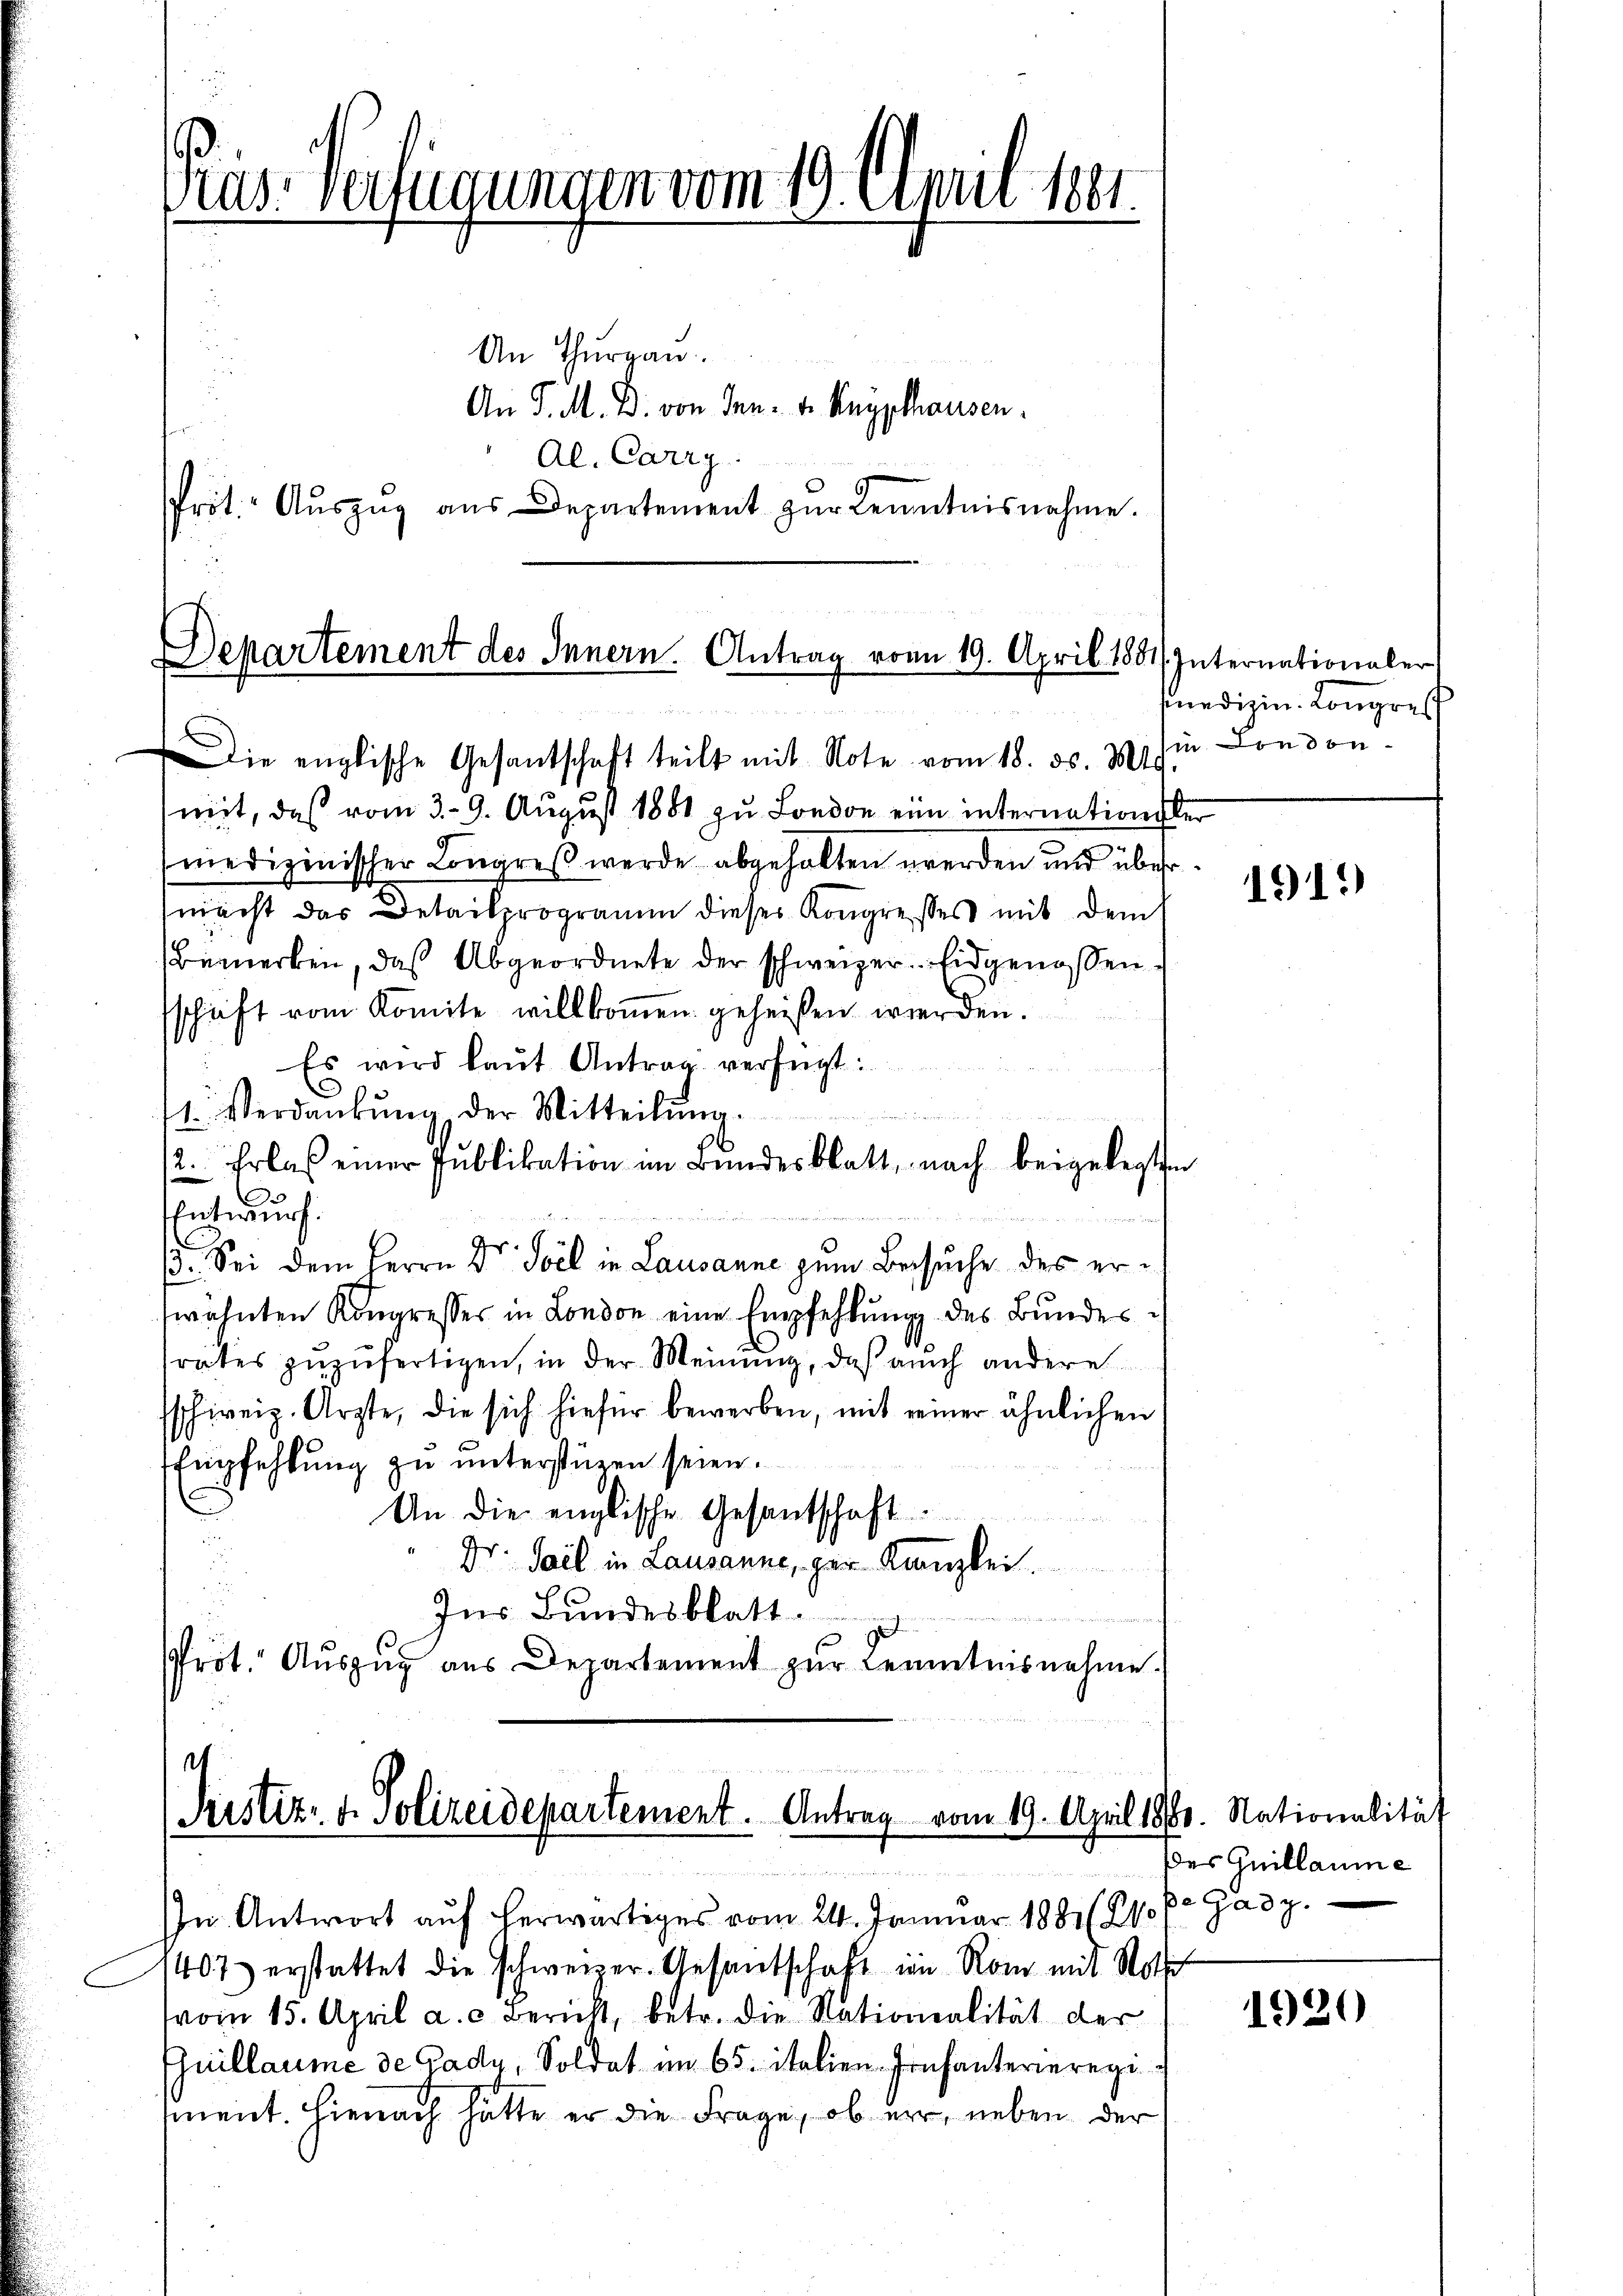
Präs. Verfügungen vom 10. April 1881.

An Thurgau.
An P. M. B. von Jan. v. Anypthausen.
Al. Carry
rot. Aŭszŭg aŭs Departement zŭr Kenntnisnahme.

Die englische Gesantschaft teilt mit Note vom 18. ds. Mts.
mit, daß vom 3. 9. August 1881 zu London eine internationsber
medizinischer Congreß werde abgehalten werden und übermacht das Detailprogramm dieses Kongresses mit dem
Bemerken, das Abgeordnete der schweizer. Eidgenossen,
schaft vom Komite willkommen geheißen werden.
Es wird laŭt Antrag verfügt:
u
1 Verdankŭng der Mitteilŭng.

2. Erlas einer Publikation im Bŭndesblatt, nach beigelegten
Entwurf.
3. Sei dem Herrn Dr. Soll in Lausanne zum Besuche des erwähnten Kongresses in London eine Empfehlŭng des Bŭndes-
rates zuzufertigen, in der Meinung, daß auch andere
sschweiz. Arzte, die sich hiefür bewerben, mit einer ähnlichen
Empfehlung zu unterstüzen seien.
An die englische Gesantschaft
" Dr. Sail in Lausanne, ger Kanzlei.
Ins Bundesblatt
Pröt. Auszug aus Departement zur Kenntnisnahme.

Departement des Innern. Antrag vom 19. April 1881/ Internationaler

In Antwort auf herwärtiges vom 24. Januar 1881 (210 pr. Gady.
1407 erstattet die schweizer-Gesandschaft im Rom mit Noth
vom 15. April a. a. Bericht, betr. die Nationalität der
Guillaume de Gady, Soldat im 65. italien Infanterieregiment. Hienach hätte er die Frage, ob er, neben der

.
Justiz- & Polizeidepartement. Antrag vom 19. April 1880. Nationalität

sedizin. Kongreif
in London

1919)

des Guillaume

1920